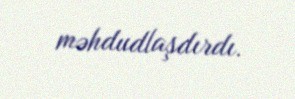
məhdudlaşdırdı.